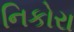
નિકોરા